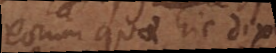
eorum quae hic diximus